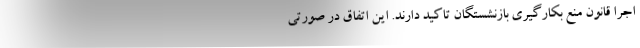
اجرا قانون منع بکارگیری بازنشستگان تاکید دارند. این اتفاق در صورتی